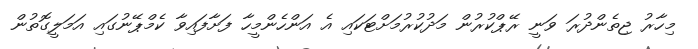
މިހާރު ޖިތެންދުރަ ވަނީ ރޭޕްކުރުން މަދުކުރުމަށްޓަކައި އެ އަންހެންމީހާ ފަށާފައިވާ ކެމްޕޭނުގައި އަމަލީގޮތުން